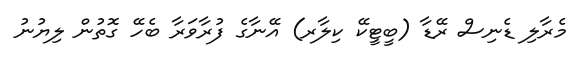
މެރާލި ޑެނިސް ރޭޑާ (ބީޓީކޭ ކިލާރ) އޭނާގެ ފުރާވަރާ ބެހޭ ގޮތުން ލިޔުނު